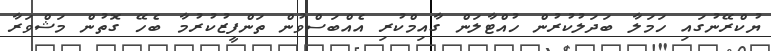
ޔުކްރޭނުގައި ހަމަލާ ބަދަލުކުރުން ހުއްޓާލަން ގާއިމްކުރި އެއްބަސްވުން ތަންފީޒުކުރުމާ ބެހޭ ގޮތުން މަޝްވަރާ